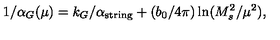
1 / \alpha _ { G } ( \mu ) = k _ { G } / \alpha _ { \mathrm { s t r i n g } } + ( { b _ { 0 } / { 4 \pi } } ) \ln ( { M _ { s } ^ { 2 } / \mu ^ { 2 } } ) ,